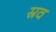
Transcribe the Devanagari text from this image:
स्रव